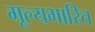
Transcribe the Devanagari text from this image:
मूल्यभारित